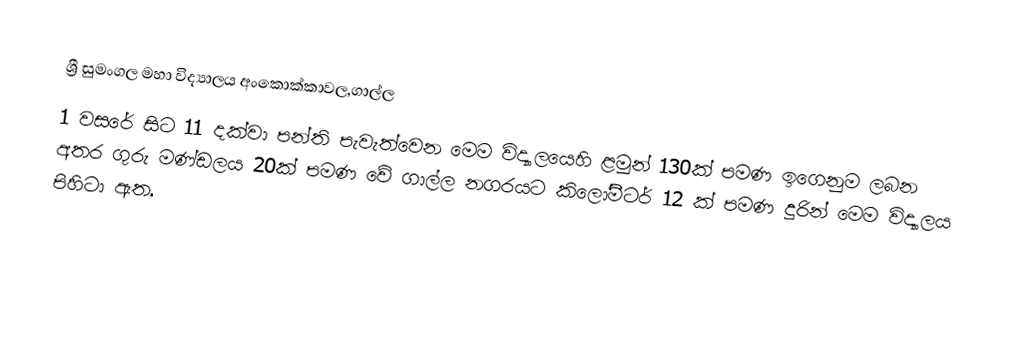
ශ්‍රී සුමංගල මහා විද්‍යාලය අංකොක්කාවල,ගාල්ල
 1 වසරේ සිට 11 දක්වා පන්ති පැවැත්වෙන මෙම විද්‍යාලයෙහි ළමුන් 130ක් පමණ ඉගෙනුම ලබන අතර ගුරු මණ්ඩලය 20ක් පමණ වේ ගාල්ල නගරයට කිලෝමීටර් 12 ක් පමණ දුරින් මෙම විද්‍යාලය පිහිටා ඇත.